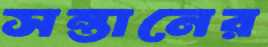
সন্তানের